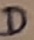
Text: D